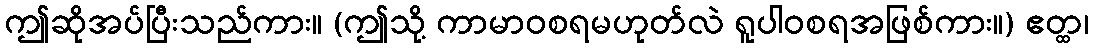
ဤဆိုအပ်ပြီးသည်ကား။ (ဤသို့ ကာမာဝစရမဟုတ်လဲ ရူပါဝစရအဖြစ်ကား။) ဧတ္ထ၊